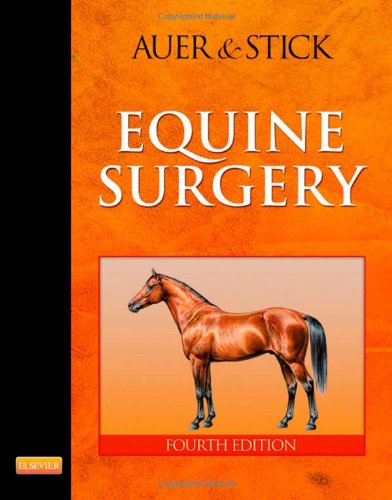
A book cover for Equine Surgery, 4e; Jorg A. Auer Dr Med Vet  MS; Medical Books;